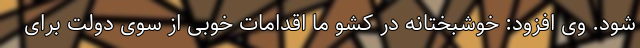
شود. وی افزود: خوشبختانه در کشو ما اقدامات خوبی از سوی دولت برای